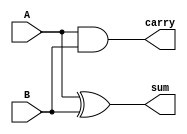
// Code for half adder
module halfadder (sum, carry, A, B);
  input A,B;
  output sum, carry;
  xor (sum, A, B);
  and (carry, A, B);
endmodule